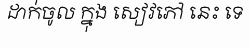
ដាក់ចូល ក្នុង សៀវភៅ នេះ ទេ